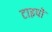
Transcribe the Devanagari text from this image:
टाइपो